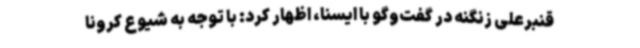
قنبرعلی زنگنه در گفت‌وگو با ایسنا، اظهار کرد: با توجه به شیوع کرونا